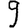
Digit: 9